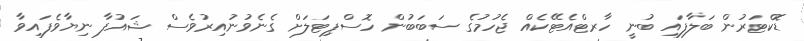
ޑޮކްޓަރުން ބަލާފައި ބުނީ ހާރޓްއެޓޭކެއް ޖެހުމުގެ ސަބަބުން ހޮސްޕިޓަލަށް ގެނެވުނުއިރުވެސް ޝައުފާ ނިޔާވެފައިވާ